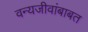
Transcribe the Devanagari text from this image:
वन्यजीवांबाबत